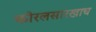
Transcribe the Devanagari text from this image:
कोरलसारखाच